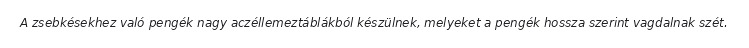
A zsebkésekhez való pengék nagy aczéllemeztáblákból készülnek, melyeket a pengék hossza szerint vagdalnak szét.